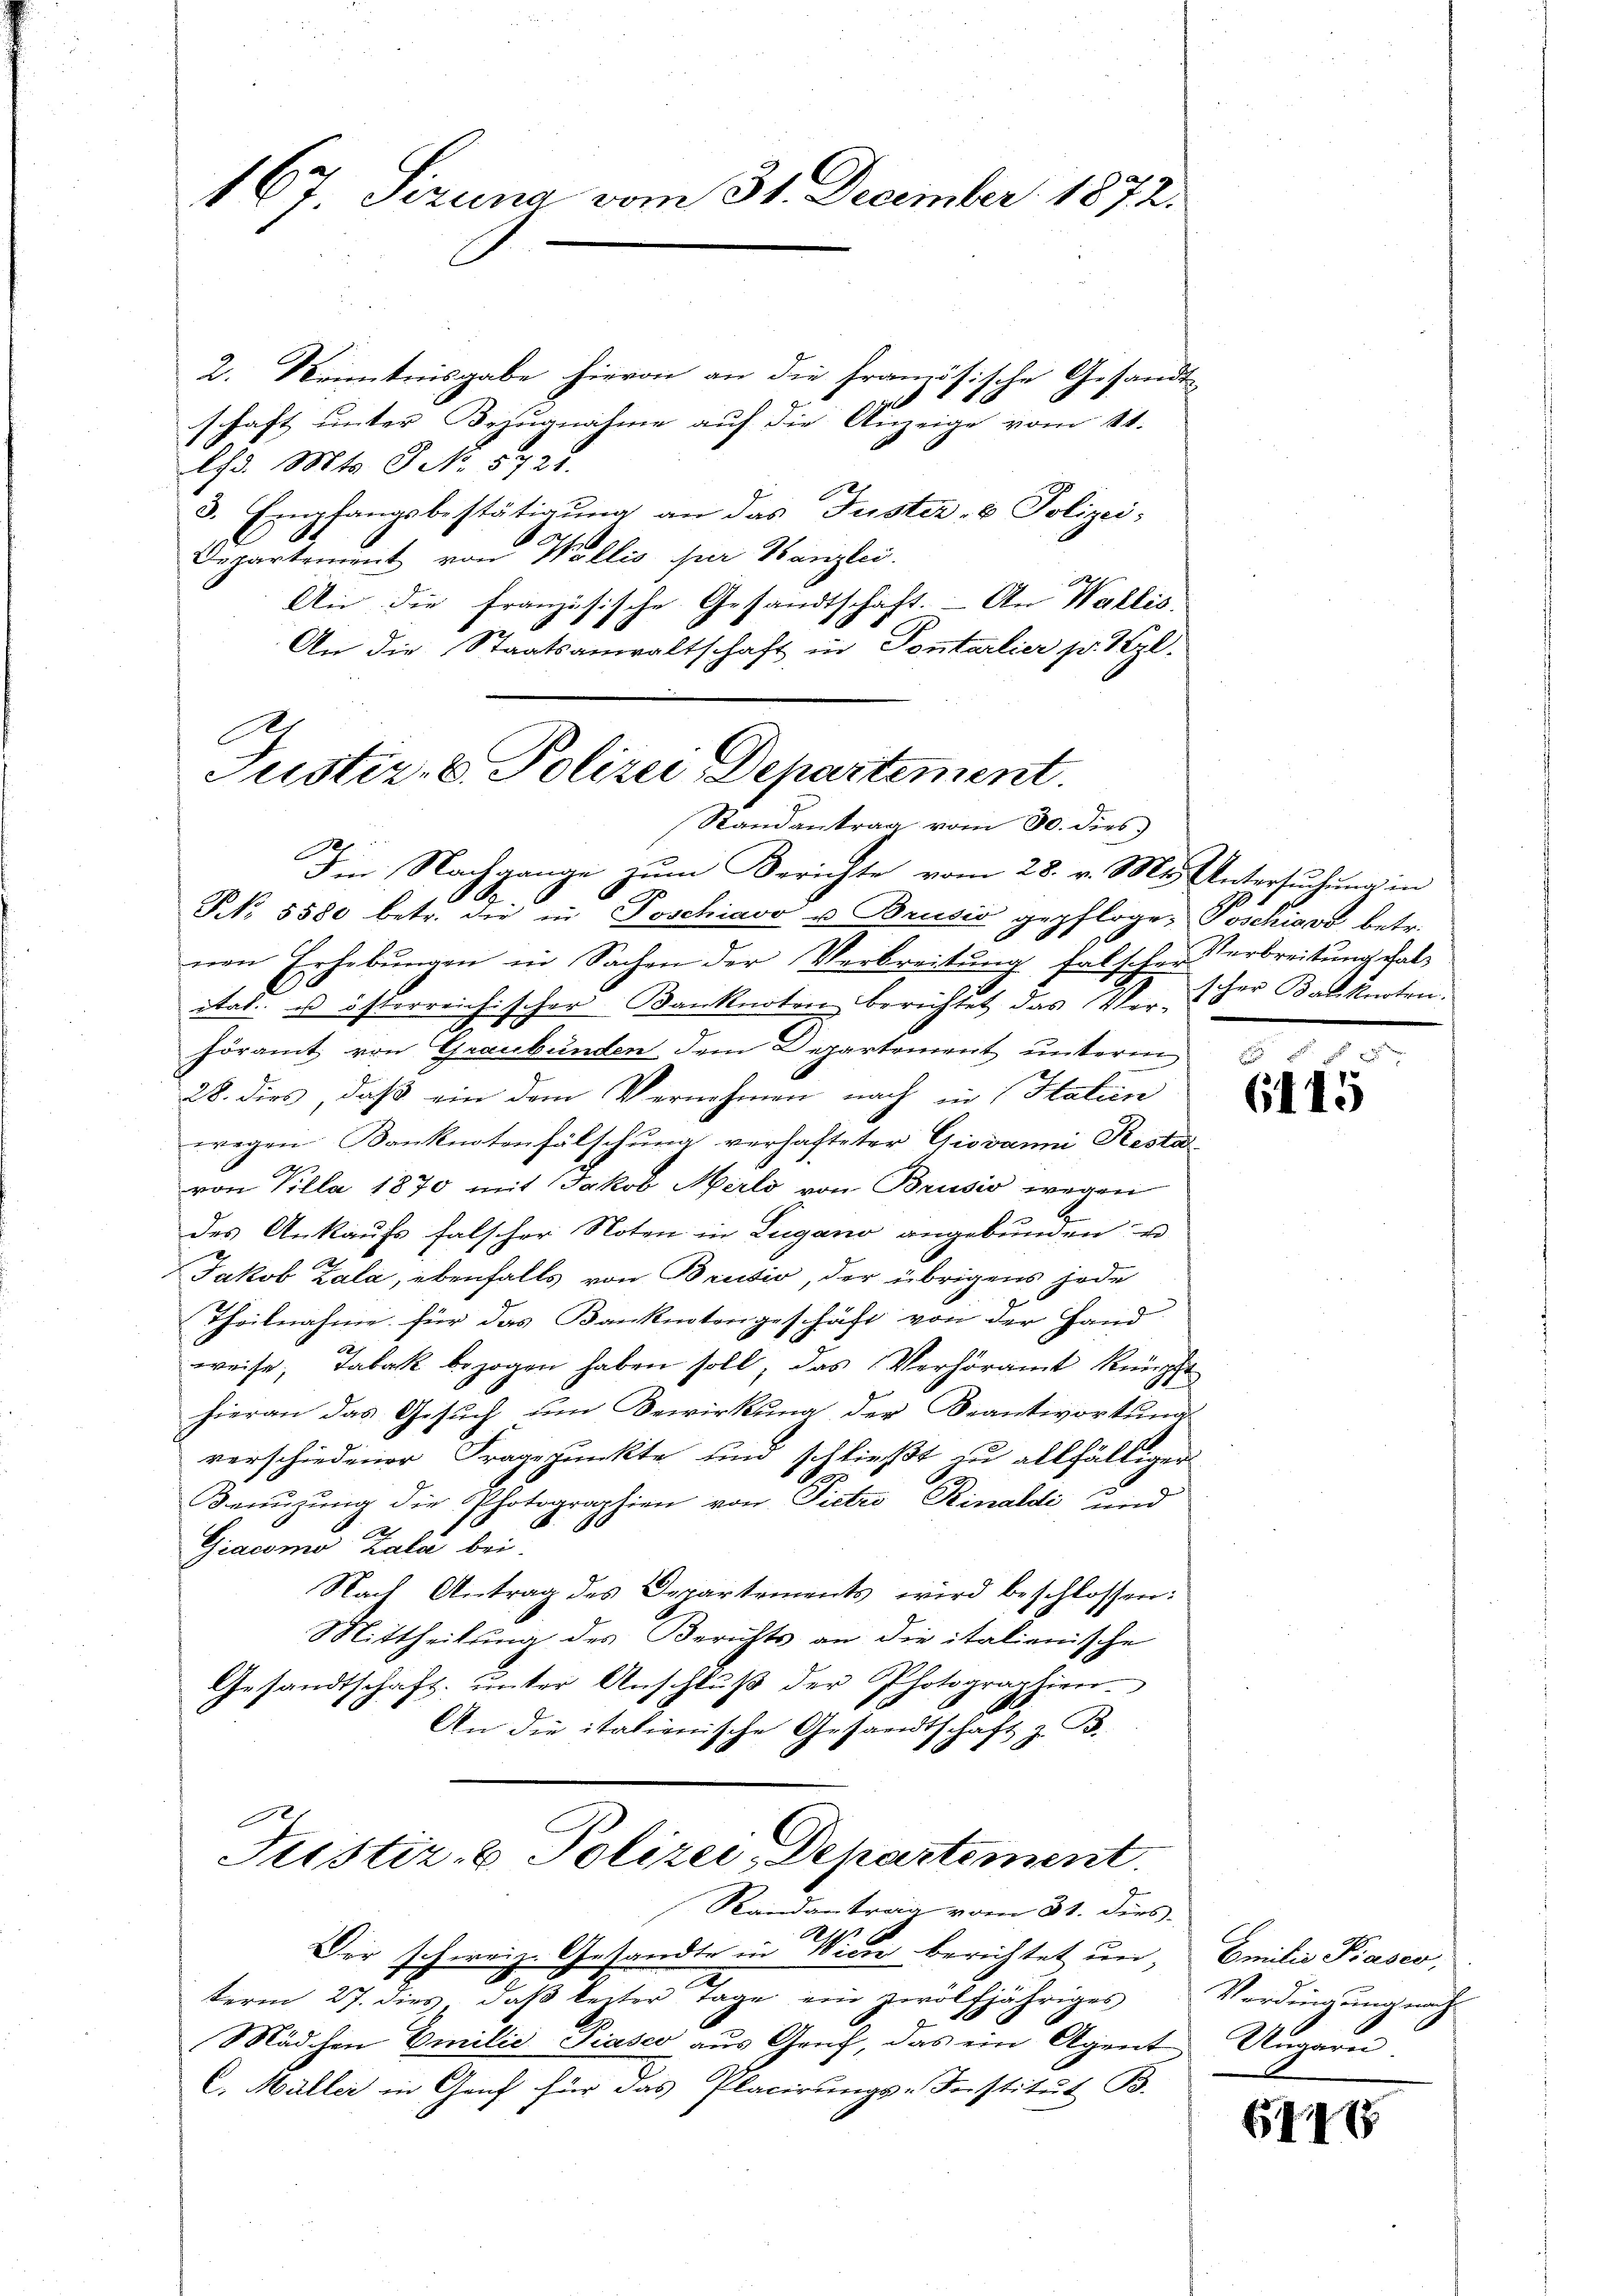
167. Sizung vom 31. December 1872.

2. Kenntnisgabe hievon an die französische Gesandt-
schaft unter Bezugnahme auf die Anzeige vom St.
ld. Mts. S. N. 5722.
3. Empfangsbestätigung an das Justiz- & Polizei-
Departement von Wallis per Tanzlei.
An die französische Gesandtschaft. - An Wallis.
An die Staatsanwaltschaft in Pontarlier pr. 1 l.
A

Justiz-C. Polizei Departement.
Randantrag vom 30. dies
Iin Nachgange zum Berichte vom 28. v. Mts. Untersuchung in
e
1
.
NNNo. 5580 betr. die in Poschiavo u Brusio gepflogen Poschiavo betr.

nen Erhebungen in Sachen der Verbreitung falscher Verbreitung halital u österreichischer Banknoten berichtet, das er der Balknoten.
2
höramt von Graubünden dem Departement unterm
28. dies, daß ein dem Vernehmen nach in Statuen
wegen Konknotenfälschung verhafteter Giovanni Resta
von Villa 1870 mit Jakob Merls von Brusio wegen
9
n
des Ankaufs falscher Noten in Lugano angebunden u
Jakob Zala, ebenfalls von Brusio, der übrigens jede
Theilnahme für das Banknotengeschäft von der Hand
weise, Tabak bezogen haben soll, das Verhöramt Künz
hieran das Gesŭch um Bewirkung der Beantwortung
verschiedener Fragepunkte und schließt zu allfälliger
C
Benuzung die Photographien von Pietro Rinaldi und
Giacomo Zala bei.
Nach Antrag des Departements wird beschlossen:
Mittheilung des Berichts an die italienische
Gesandtschaft unter Anschlŭβ der Photographien.
An die itationische Gesandtschaft z. B.
121
Justiz- & Polizei, Departement.
Randantrag vom 31. ders
Al.
Der schweiz. Gesandte in Wien berichtet un
term 27. dies, daβ lezter Tage ein zwölfjähriges
Mädchen Emilie Piasco aŭs Genf, das ein Agent Ungarn.
C. Müller in Genf für das Placirungs-Institut B.

d
6115

Emilie Praser,
Verdingungsrath

6441